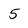
Character: 5